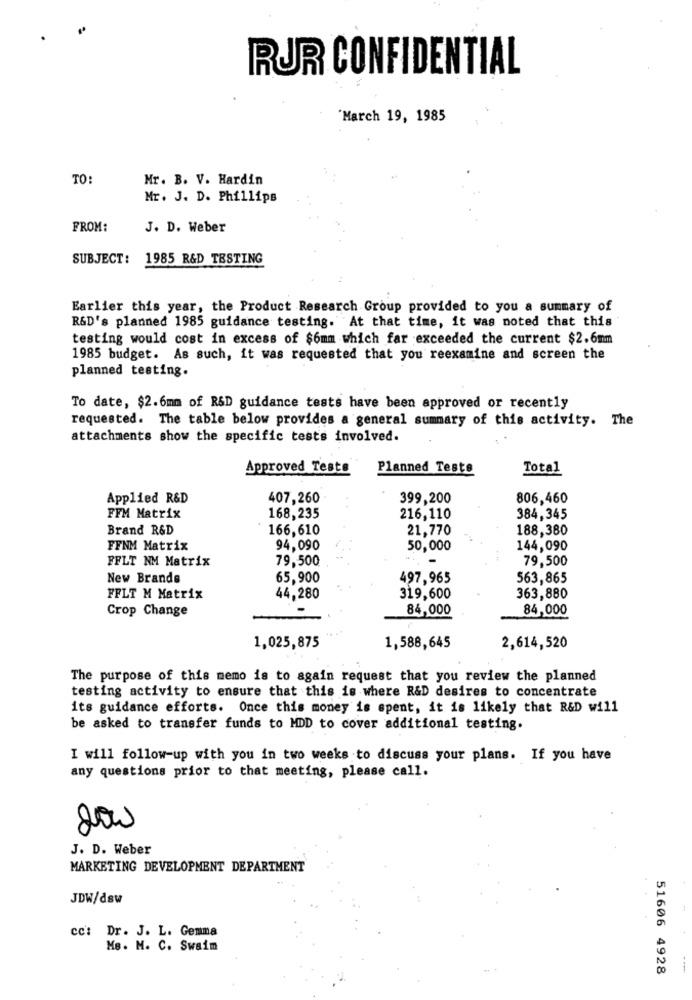
RUR CONFIDENTIAL
March 19, 1985
TO
Mr. B. V. Hardin
Mr. J. D. Phillips
FROM:
J. D. Weber
SUBJECT: 1985 R&D TESTING
Earlier this year, the Product Research Group provided to you a summary of
R&D's planned 1985 guidance testing. At that time, it was noted that this
testing would cost in excess of $6mm which far exceeded the current $2.6mm
1985 budget. As such, it was requested that you reexamine and screen the
planned testing.
To date, $2.6mm of R&D guidance tests have been approved or recently
requested. The table below provides a general summary of this activity. The
attachments show the specific tests involved.
Approved Tests
Planned Tests
Total
Applied R&D
407,260
399,200
806,460
FFM Matrix
168,235
216,110
384,345
Brand R&D
166,610
21,770
188,380
FFNM Matrix
94,090
50,000
144,090
FFLT NM Matrix
79,500
79,500
New Brands
65,900
497,965
563,865
FFLT M Matrix
44,280
319,600
363,880
Crop Change
84,000
84,000
1,025,875
1,588,645
2,614,520
The purpose of this memo is to again request that you review the planned
testing activity to ensure that this is where R&D desires to concentrate
its guidance efforts. Once this money is spent, it is likely that R&D will
be asked to transfer funds to MDD to cover additional testing.
I will follow-up with you in two weeks to discuss your plans. If you have
any questions prior to that meeting, please call.
200
J. D. Weber
MARKETING DEVELOPMENT DEPARTMENT
JDW/dsw
cc': Dr. J. L. Gemma
MB. M. C. Swaim
51606 4928
--